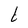
Character: t